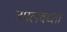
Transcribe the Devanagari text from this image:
उपलबध्ता